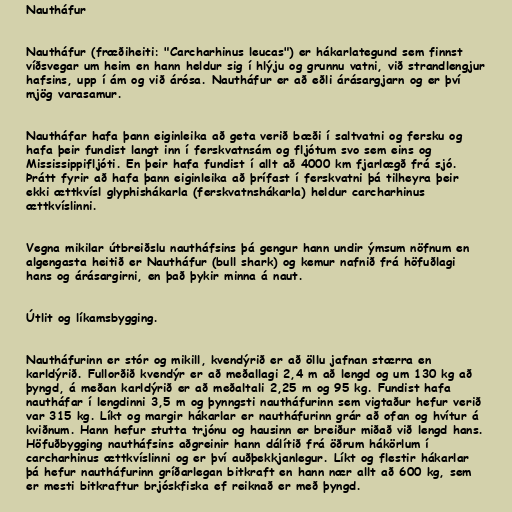
Nautháfur

Nautháfur (fræðiheiti: "Carcharhinus leucas") er hákarlategund sem finnst
víðsvegar um heim en hann heldur sig í hlýju og grunnu vatni, við strandlengjur
hafsins, upp í ám og við árósa. Nautháfur er að eðli árásargjarn og er því
mjög varasamur.

Nautháfar hafa þann eiginleika að geta verið bæði í saltvatni og fersku og
hafa þeir fundist langt inn í ferskvatnsám og fljótum svo sem eins og
Mississippifljóti. En þeir hafa fundist í allt að 4000 km fjarlægð frá sjó.
Þrátt fyrir að hafa þann eiginleika að þrífast í ferskvatni þá tilheyra þeir
ekki ættkvísl glyphishákarla (ferskvatnshákarla) heldur carcharhinus
ættkvíslinni.

Vegna mikilar útbreiðslu nautháfsins þá gengur hann undir ýmsum nöfnum en
algengasta heitið er Nautháfur (bull shark) og kemur nafnið frá höfuðlagi
hans og árásargirni, en það þykir minna á naut.

Útlit og líkamsbygging.

Nautháfurinn er stór og mikill, kvendýrið er að öllu jafnan stærra en
karldýrið. Fullorðið kvendýr er að meðallagi 2,4 m að lengd og um 130 kg að
þyngd, á meðan karldýrið er að meðaltali 2,25 m og 95 kg. Fundist hafa
nautháfar í lengdinni 3,5 m og þynngsti nautháfurinn sem vigtaður hefur verið
var 315 kg. Líkt og margir hákarlar er nautháfurinn grár að ofan og hvítur á
kviðnum. Hann hefur stutta trjónu og hausinn er breiður miðað við lengd hans.
Höfuðbygging nautháfsins aðgreinir hann dálítið frá öðrum hákörlum í
carcharhinus ættkvíslinni og er því auðþekkjanlegur. Líkt og flestir hákarlar
þá hefur nautháfurinn gríðarlegan bitkraft en hann nær allt að 600 kg, sem
er mesti bitkraftur brjóskfiska ef reiknað er með þyngd.